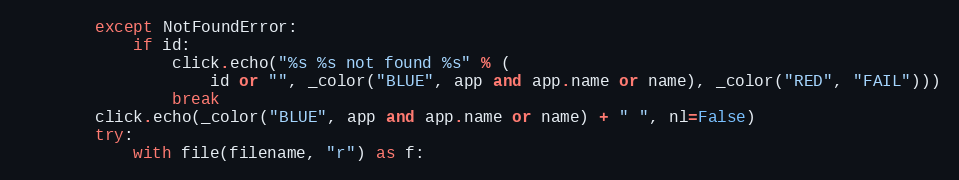
Language: Python
        except NotFoundError:
            if id:
                click.echo("%s %s not found %s" % (
                    id or "", _color("BLUE", app and app.name or name), _color("RED", "FAIL")))
                break
        click.echo(_color("BLUE", app and app.name or name) + " ", nl=False)
        try:
            with file(filename, "r") as f: